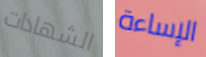
الشهادات الإساءة